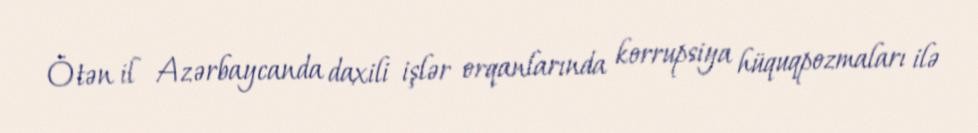
Ötən il Azərbaycanda daxili işlər orqanlarında korrupsiya hüquqpozmaları ilə